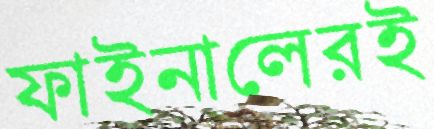
ফাইনালেরই